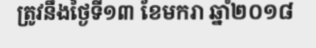
ត្រូវនឹងថ្ងៃទី១៣ ខែមករា ឆ្នាំ២០១៨